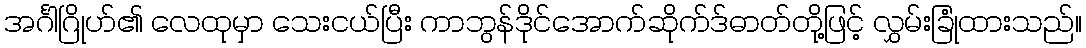
အင်္ဂါဂြိုဟ်၏ လေထုမှာ သေးငယ်ပြီး ကာဘွန်ဒိုင်အောက်ဆိုက်ဒ်ဓာတ်တို့ဖြင့် လွှမ်းခြုံထားသည်။